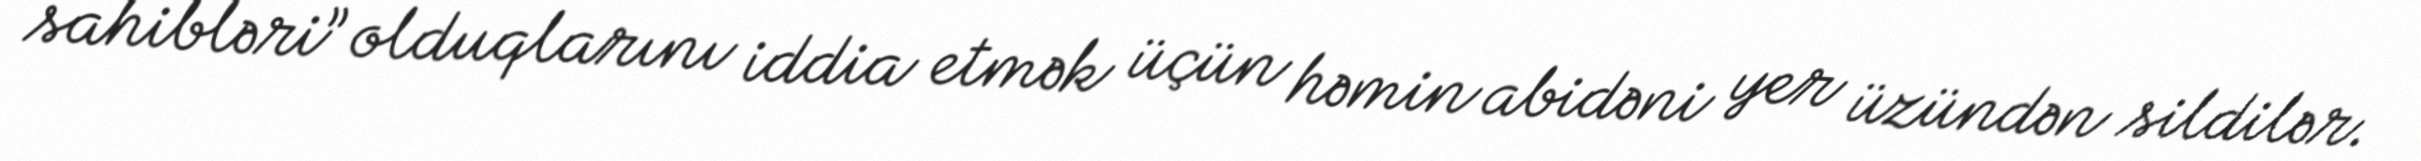
sahibləri” olduqlarını iddia etmək üçün həmin abidəni yer üzündən sildilər.